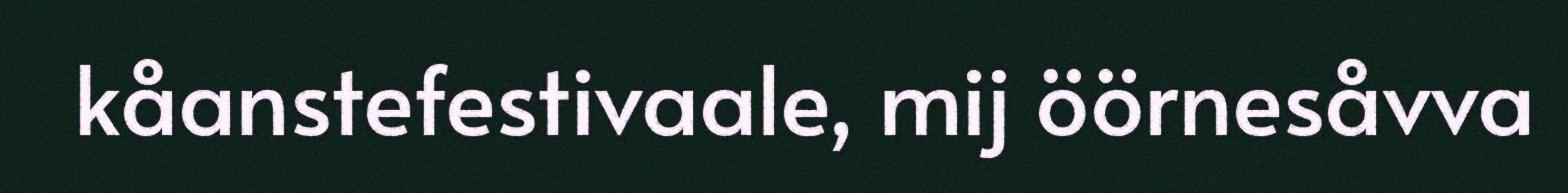
kåanstefestivaale, mij öörnesåvva